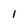
Character: I